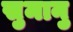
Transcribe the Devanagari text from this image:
सुमानु